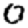
Digit: 0